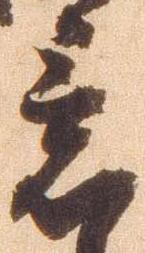
意